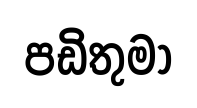
පඩිතුමා